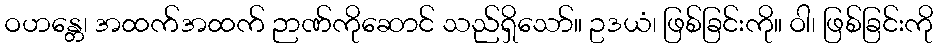
ဝဟန္တေ၊ အထက်အထက် ဉာဏ်ကိုဆောင် သည်ရှိသော်။ ဥဒယံ၊ ဖြစ်ခြင်းကို။ ဝါ၊ ဖြစ်ခြင်းကို